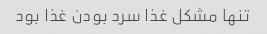
تنها مشکل غذا سرد بودن غذا بود